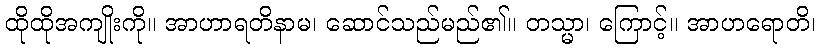
ထိုထိုအကျိုးကို။ အာဟာရတိနာမ၊ ဆောင်သည်မည်၏။ တသ္မာ၊ ကြောင့်။ အာဟရောတိ၊